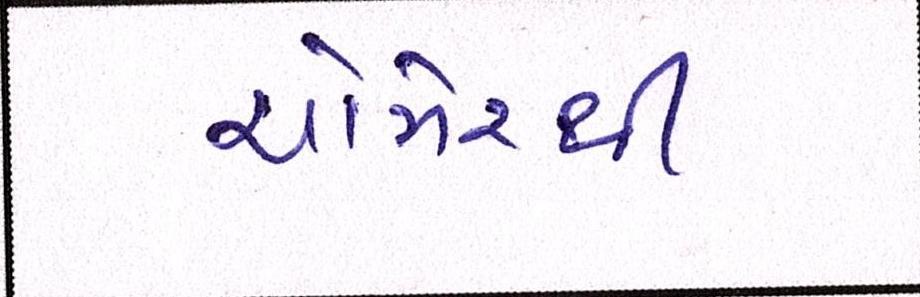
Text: ચોમેરથી